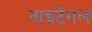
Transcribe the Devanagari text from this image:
नाइटेंगल